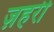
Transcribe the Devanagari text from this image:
ज़हरी